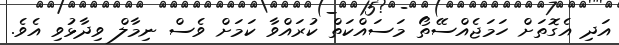
އަދި އެގޮތަށް ހަމަޖެއްސޭތޯ މަސައްކަތް ކުރައްވާ ކަމަށް ވެސް ނިމާލް ވިދާޅުވި އެވެ.